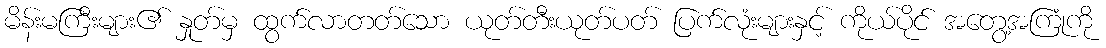
မိန်းမကြီးများ၏ နှုတ်မှ ထွက်လာတတ်သော ယုတ်တီးယုတ်ပတ် ပြက်လုံးများနှင့် ကိုယ်ပိုင် အတွေ့အကြုံကို